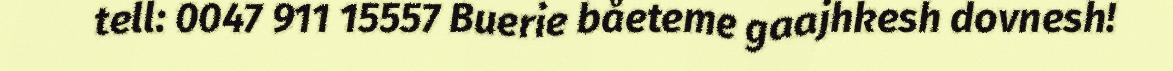
tell: 0047 911 15557 Buerie båeteme gaajhkesh dovnesh!